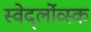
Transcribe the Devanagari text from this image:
स्वेर्द्लोव्स्क